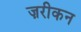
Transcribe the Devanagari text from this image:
ज़रीकन